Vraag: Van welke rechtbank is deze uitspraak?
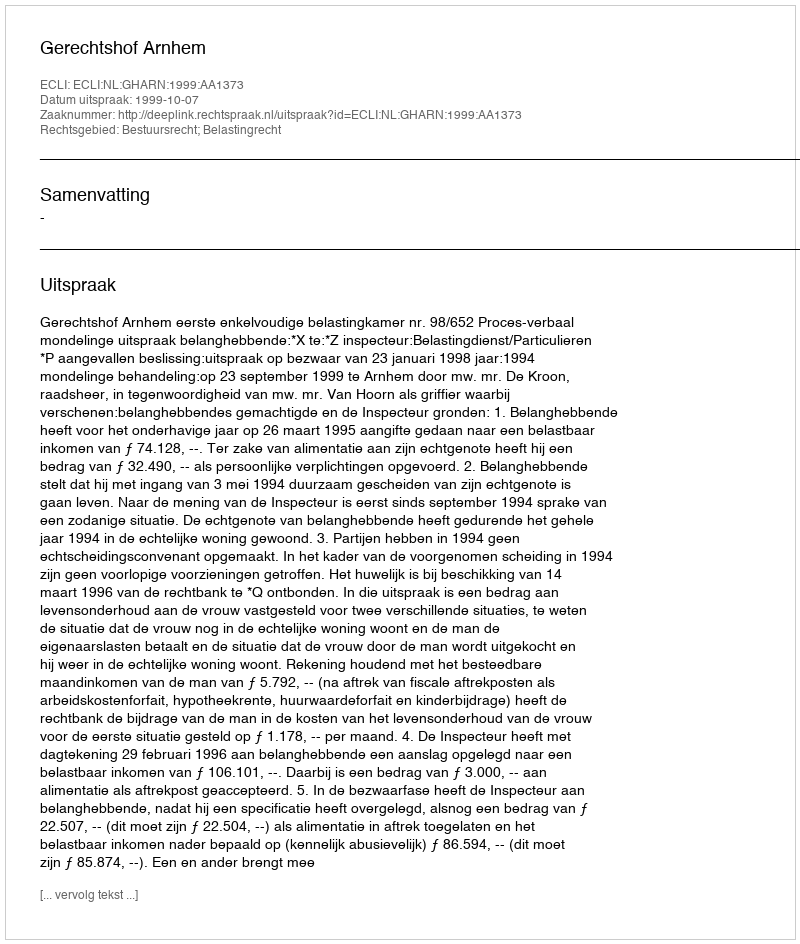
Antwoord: Gerechtshof Arnhem